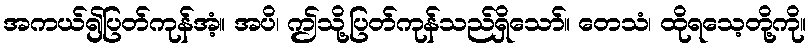
အကယ်၍ပြတ်ကုန်အံ့။ အပိ၊ ဤသို့ပြတ်ကုန်သည်ရှိသော်။ တေသံ၊ ထိုရသေ့တို့ကို။